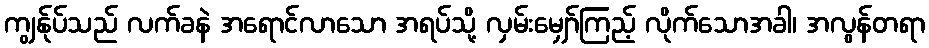
ကျွန်ုပ်သည် လက်ခနဲ အရောင်လာသော အရပ်သို့ လှမ်းမျှော်ကြည့် လိုက်သောအခါ၊ အလွန်တရာ